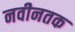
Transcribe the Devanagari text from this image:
नवीनतक